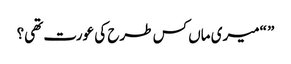
” “میری ماں کس طرح کی عورت تھی؟